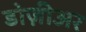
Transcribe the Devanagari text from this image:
डोज़ीअर